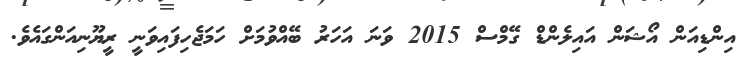
އިންޑިއަން އޯޝަން އައިލެންޑް ގޭމްސް 2015 ވަނަ އަހަރު ބޭއްވުމަށް ހަމަޖެހިފައިވަނީ ރީޔޫނިއަންގައެވެ.